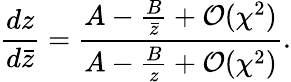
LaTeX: \frac{dz}{d\bar{z}}=\frac{A-\frac{B}{\bar{z}}+\mathcal O(\chi^{2})}{A-\frac{B}{z}+\mathcal O(\chi^{2})}.